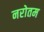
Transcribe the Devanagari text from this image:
नरोतम